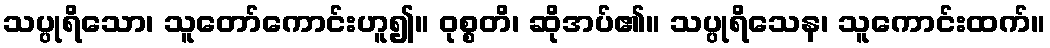
သပ္ပုရိသော၊ သူတော်ကောင်းဟူ၍။ ဝုစ္စတိ၊ ဆိုအပ်၏။ သပ္ပုရိသေန၊ သူကောင်းထက်။